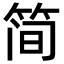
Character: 简